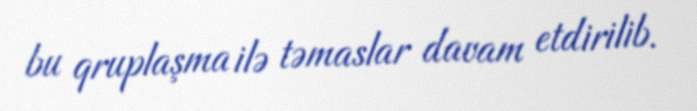
bu qruplaşma ilə təmaslar davam etdirilib.